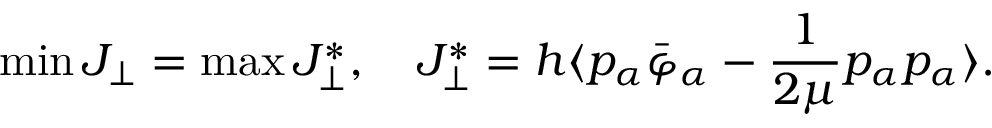
\operatorname* { m i n } J _ { \perp } = \operatorname* { m a x } J _ { \perp } ^ { * } , \quad J _ { \perp } ^ { * } = h \langle p _ { \alpha } \bar { \varphi } _ { \alpha } - \frac { 1 } { 2 \mu } p _ { \alpha } p _ { \alpha } \rangle .